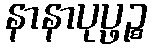
နာနာပုပ္ဖဉ္စ